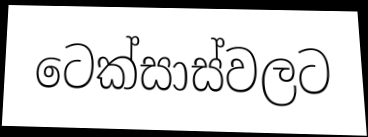
ටෙක්සාස්වලට